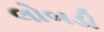
લોબડી